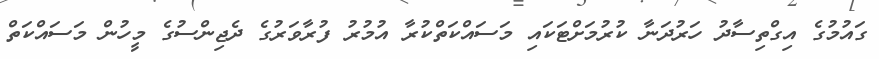
ގައުމުގެ އިގްތިސާދު ހަރުދަނާ ކުރުމަށްޓަކައި މަސައްކަތްކުރާ އުމުރު ފުރާވަރުގެ ދެޖިންސުގެ މީހުން މަސައްކަތް